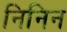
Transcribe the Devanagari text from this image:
निनिन